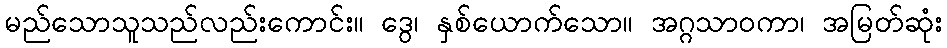
မည်သောသူသည်လည်းကောင်း။ ဒွေ၊ နှစ်ယောက်သော။ အဂ္ဂသာဝကာ၊ အမြတ်ဆုံး